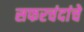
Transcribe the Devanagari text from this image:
सफरचंदांचे